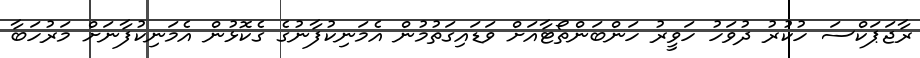
ރާޖަޕަކްސަ ހުކުރު ދުވަހު ހަވީރު ހަންބަންތޯޓާއަށް ވަޑައިގަތުމުން އެމަނިކުފާނުގެ ގެކޮޅުން އެމަނިކުފާނަށް މަރުހަބާ